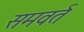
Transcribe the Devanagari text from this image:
समवर्त